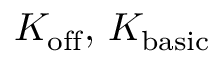
K _ { \mathrm { o f f } } , \, K _ { \mathrm { b a s i c } }